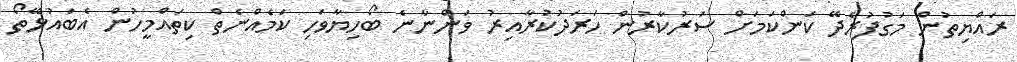
ރައްޔިތުން މަގުފުރެދޭ ކަންކަމަށް ސަރުކާރުން ހަރަދުކުރާއިރު ވަންނާނެ ބޯހިޔާވަހި ކަމެއްނެތް ކިތައްމީހުން އެބައުޅޭތޯ